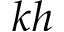
k h